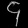
Digit: ၄